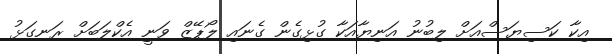
އިކާ ކަސިޔަސްއަށް ލިބުނު އަނިޔާއަކާ ގުޅިގެން ގެނައި ލޯޕޭޒް ވަނީ އެކްލަބަށް ރަނގަޅު